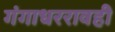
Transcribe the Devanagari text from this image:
गंगाधररावही